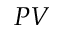
P V